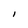
Character: I